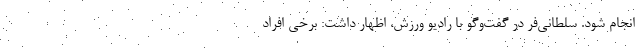
انجام شود. سلطانی‌فر در گفت‌وگو با رادیو ورزش، اظهار داشت: برخی افراد